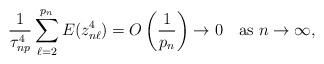
LaTeX: \begin{align*}\frac{1}{\tau_{np}^4}\sum^{p_n}_{\ell=2}E(z_{n\ell}^4)=O\left(\frac{1}{p_n}\right)\to 0~~\mbox{ as }n\to\infty,\end{align*}